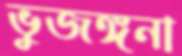
ভুজঙ্গনা